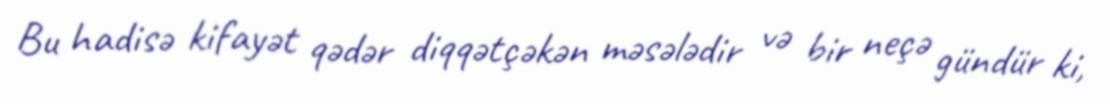
Bu hadisə kifayət qədər diqqətçəkən məsələdir və bir neçə gündür ki,